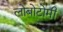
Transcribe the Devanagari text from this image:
लोबोटोमी